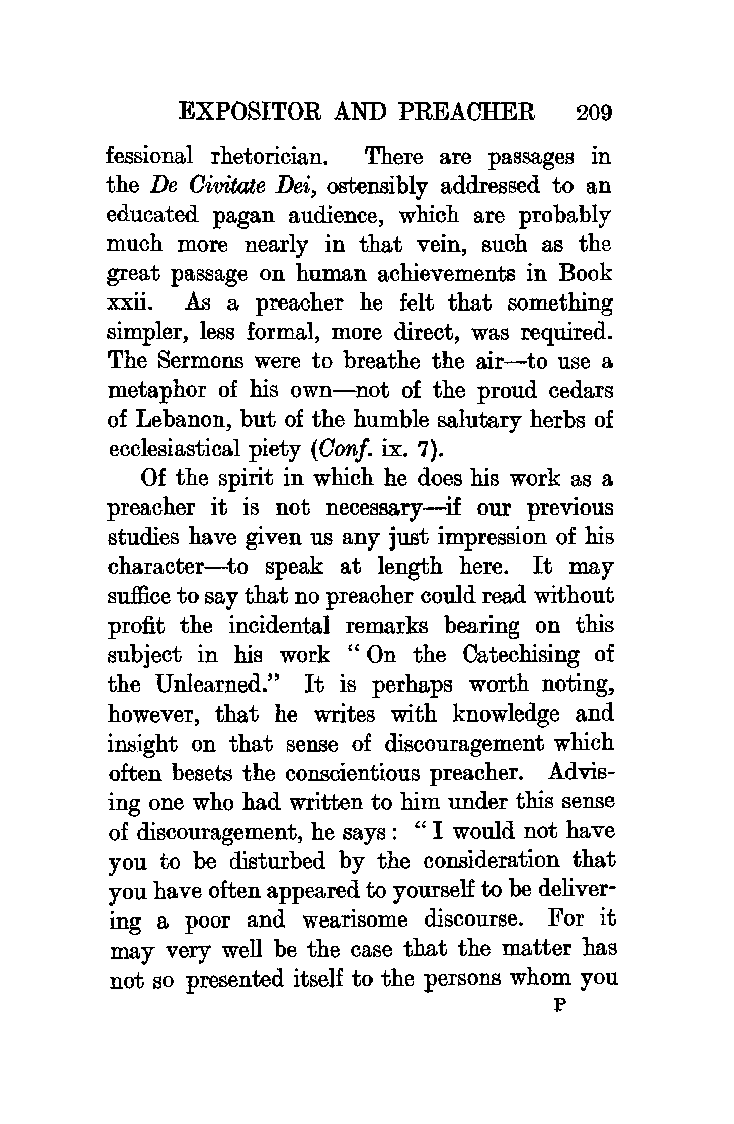
EXPOSITOR AND  PREACHER   209
 fe ssional rhetorician. There are passages in
 the De Oivitate Dei, ostensibly addressed to an
 educated pagan audience, which are probably
 much more nearly in that vein, such as the
 great passage on human achievements in Book
 xxii. As a preacher he felt that something
 simpler, less formal, more direct, was required.
 The Sermons were to breathe the air-to use a
 metaphor of his own-not of the proud cedars
 of Lebanon, but of the humble salutary herbs of
 ecclesiastical piety (Oonf. ix. 7).
 Of the spirit in which he does his work as a
 preacher it is not necessary-if our previous
 studies have given us any just impression of his
 character-to speak at length here. It may
 suffice to say that no preacher could read without
 profit the incidental remarks bearing on this
 subject in his work " On the Catechising of
 the Unlearned." It is perhaps worth noting,
 however, that he writes with knowledge and
 insight on that sense of discouragement which
 often besets the conscientious preacher. Advis
 ing one who had written to him under this sense
 of discouragement, he says: "I would not have
 you to be disturbed by the consideration that
 you have often appeared to yourself to be deliver
 ing a poor and wearisome discourse. For it
 may very well be the case that the matter has
 not so presented itself to the persons whom you
 p